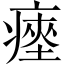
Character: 瘞